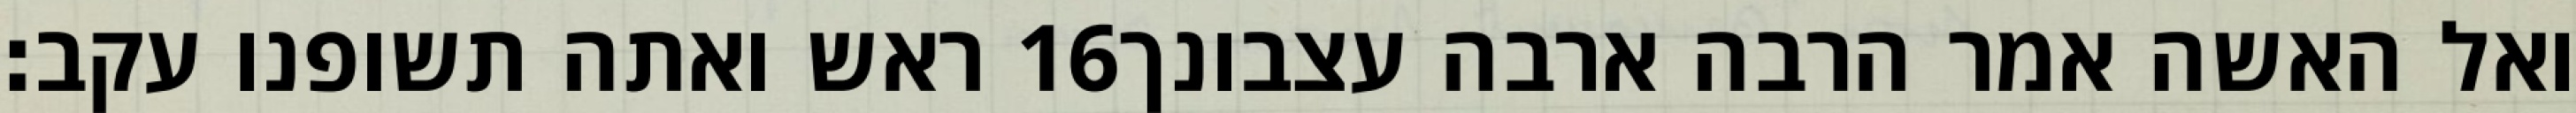
ראש ואתה תשופנו עקב׃ ‎16‏ ואל האשה אמר הרבה ארבה עצבונך